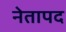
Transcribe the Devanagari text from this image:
नेतापद